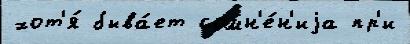
хот'я́ быва́ет сомн'е́н'иjа пр'и